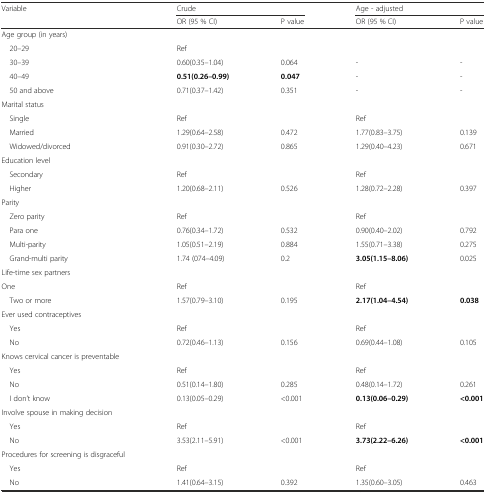
<table><thead><tr><td><b>Variable</b></td><td colspan="2"><b>Crude</b></td><td colspan="2"><b>Age - adjusted</b></td></tr><tr><td></td><td><b>OR (95 % CI)</b></td><td><b>P value</b></td><td><b>OR (95 % CI)</b></td><td><b>P value</b></td></tr></thead><tbody><tr><td>Age group (in years)</td><td></td><td></td><td></td><td></td></tr><tr><td> 20–29</td><td>Ref</td><td></td><td></td><td></td></tr><tr><td> 30–39</td><td>0.60(0.35–1.04)</td><td>0.064</td><td>-</td><td>-</td></tr><tr><td> 40–49</td><td><b>0.51(0.26–0.99)</b></td><td><b>0.047</b></td><td>-</td><td>-</td></tr><tr><td> 50 and above</td><td>0.71(0.37–1.42)</td><td>0.351</td><td>-</td><td>-</td></tr><tr><td>Marital status</td><td></td><td></td><td></td><td></td></tr><tr><td> Single</td><td>Ref</td><td></td><td>Ref</td><td></td></tr><tr><td> Married</td><td>1.29(0.64–2.58)</td><td>0.472</td><td>1.77(0.83–3.75)</td><td>0.139</td></tr><tr><td> Widowed/divorced</td><td>0.91(0.30–2.72)</td><td>0.865</td><td>1.29(0.40–4.23)</td><td>0.671</td></tr><tr><td>Education level</td><td></td><td></td><td></td><td></td></tr><tr><td> Secondary</td><td>Ref</td><td></td><td>Ref</td><td></td></tr><tr><td> Higher</td><td>1.20(0.68–2.11)</td><td>0.526</td><td>1.28(0.72–2.28)</td><td>0.397</td></tr><tr><td>Parity</td><td></td><td></td><td></td><td></td></tr><tr><td> Zero parity</td><td>Ref</td><td></td><td>Ref</td><td></td></tr><tr><td> Para one</td><td>0.76(0.34–1.72)</td><td>0.532</td><td>0.90(0.40–2.02)</td><td>0.792</td></tr><tr><td> Multi-parity</td><td>1.05(0.51–2.19)</td><td>0.884</td><td>1.55(0.71–3.38)</td><td>0.275</td></tr><tr><td> Grand-multi parity</td><td>1.74 (074–4.09)</td><td>0.2</td><td><b>3.05(1.15–8.06)</b></td><td>0.025</td></tr><tr><td>Life-time sex partners</td><td></td><td></td><td></td><td></td></tr><tr><td>One</td><td>Ref</td><td></td><td>Ref</td><td></td></tr><tr><td> Two or more</td><td>1.57(0.79–3.10)</td><td>0.195</td><td><b>2.17(1.04–4.54)</b></td><td><b>0.038</b></td></tr><tr><td>Ever used contraceptives</td><td></td><td></td><td></td><td></td></tr><tr><td> Yes</td><td>Ref</td><td></td><td>Ref</td><td></td></tr><tr><td> No</td><td>0.72(0.46–1.13)</td><td>0.156</td><td>0.69(0.44–1.08)</td><td>0.105</td></tr><tr><td>Knows cervical cancer is preventable</td><td></td><td></td><td></td><td></td></tr><tr><td> Yes</td><td>Ref</td><td></td><td>Ref</td><td></td></tr><tr><td> No</td><td>0.51(0.14–1.80)</td><td>0.285</td><td>0.48(0.14–1.72)</td><td>0.261</td></tr><tr><td> I don’t know</td><td>0.13(0.05–0.29)</td><td>&lt;0.001</td><td><b>0.13(0.06–0.29)</b></td><td><b>&lt;0.001</b></td></tr><tr><td>Involve spouse in making decision</td><td></td><td></td><td></td><td></td></tr><tr><td> Yes</td><td>Ref</td><td></td><td>Ref</td><td></td></tr><tr><td> No</td><td>3.53(2.11–5.91)</td><td>&lt;0.001</td><td><b>3.73(2.22–6.26)</b></td><td><b>&lt;0.001</b></td></tr><tr><td>Procedures for screening is disgraceful</td><td></td><td></td><td></td><td></td></tr><tr><td> Yes</td><td>Ref</td><td></td><td>Ref</td><td></td></tr><tr><td> No</td><td>1.41(0.64–3.15)</td><td>0.392</td><td>1.35(0.60–3.05)</td><td>0.463</td></tr></tbody></table>